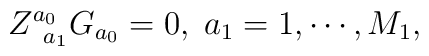
Z_{\;\;a_{1}}^{a_{0}}G_{a_{0}}=0,\;a_{1}=1,\cdots ,M_{1},